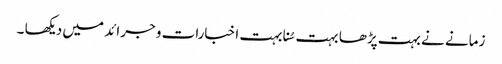
زمانے نے بہت پڑھا بہت سُنا بہت اخبارات و جرائد میں دیکھا ۔